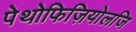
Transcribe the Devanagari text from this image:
पेथोफिज़ियोलजि